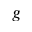
_ { g }